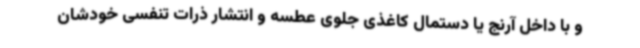
و با داخل آرنج یا دستمال کاغذی جلوی عطسه و انتشار ذرات تنفسی خودشان